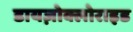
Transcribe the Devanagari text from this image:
डायज़ोक्लोराइड